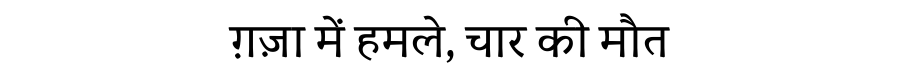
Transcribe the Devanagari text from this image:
ग़ज़ा में हमले, चार की मौत